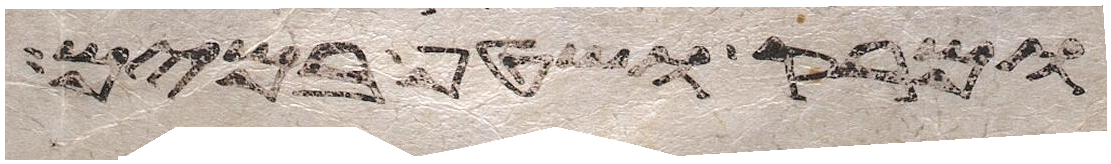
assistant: ומרק ושטף במים